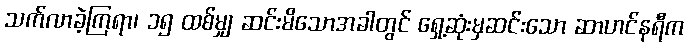
သက်လာခဲ့ကြရာ၊ ၁၅ ထစ်မျှ ဆင်းမိသောအခါတွင် ရှေ့ဆုံးမှဆင်းသော ဆာဟင်နရီက